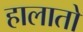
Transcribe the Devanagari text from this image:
हालातो